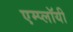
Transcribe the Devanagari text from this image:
एम्प्लॉयी